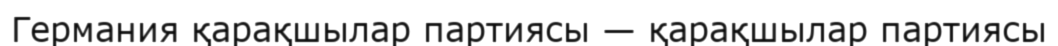
Германия қарақшылар партиясы — қарақшылар партиясы